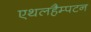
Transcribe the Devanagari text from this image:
एथलहैम्पटन